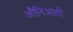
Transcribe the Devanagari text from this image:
औनिआती